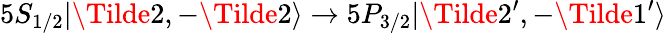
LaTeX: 5S_{1/2}|\Tilde{2},-\Tilde{2}\rangle\rightarrow 5P_{3/2}|\Tilde{2}^{\prime},-\Tilde{1}^{\prime}\rangle